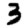
Digit: 3